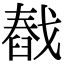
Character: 㦼